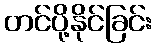
တင်ပို့နိုင်ခြင်း